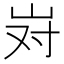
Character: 𫵹